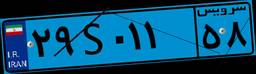
۲۹S۰۱۱۵۸